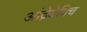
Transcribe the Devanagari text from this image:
आंद्रेयेविच